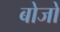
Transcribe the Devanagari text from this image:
बोजो